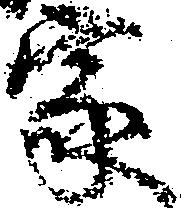
家